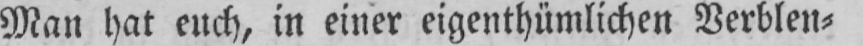
Man hat euch, in einer eigenthümlichen Verblen⸗